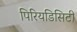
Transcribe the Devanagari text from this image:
पिरियडिसिटी